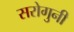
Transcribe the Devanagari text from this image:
सरोगुनी